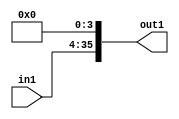
`timescale 1ps / 1ps

// Generated by Cadence Genus(TM) Synthesis Solution 17.11-s014_1
// Generated on: Apr 24 2022 15:13:32 CST (Apr 24 2022 07:13:32 UTC)

module DFT_compute_entirecomputation_alt1_4_0(in1, out1);
  input [31:0] in1;
  output [35:0] out1;
  wire [31:0] in1;
  wire [35:0] out1;
  assign out1[0] = 1'b0;
  assign out1[1] = 1'b0;
  assign out1[2] = 1'b0;
  assign out1[3] = 1'b0;
  assign out1[4] = in1[0];
  assign out1[5] = in1[1];
  assign out1[6] = in1[2];
  assign out1[7] = in1[3];
  assign out1[8] = in1[4];
  assign out1[9] = in1[5];
  assign out1[10] = in1[6];
  assign out1[11] = in1[7];
  assign out1[12] = in1[8];
  assign out1[13] = in1[9];
  assign out1[14] = in1[10];
  assign out1[15] = in1[11];
  assign out1[16] = in1[12];
  assign out1[17] = in1[13];
  assign out1[18] = in1[14];
  assign out1[19] = in1[15];
  assign out1[20] = in1[16];
  assign out1[21] = in1[17];
  assign out1[22] = in1[18];
  assign out1[23] = in1[19];
  assign out1[24] = in1[20];
  assign out1[25] = in1[21];
  assign out1[26] = in1[22];
  assign out1[27] = in1[23];
  assign out1[28] = in1[24];
  assign out1[29] = in1[25];
  assign out1[30] = in1[26];
  assign out1[31] = in1[27];
  assign out1[32] = in1[28];
  assign out1[33] = in1[29];
  assign out1[34] = in1[30];
  assign out1[35] = in1[31];
endmodule